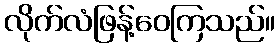
လိုက်လံဖြန့်ဝေကြသည်။